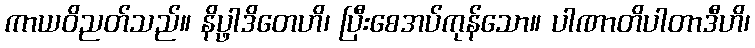
ကာယဝိညတ်သည်။ နိပ္ဖါဒိတေဟိ၊ ပြီးစေအပ်ကုန်သော။ ပါဏာတိပါတာဒီဟိ၊